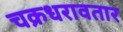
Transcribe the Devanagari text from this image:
चक्रधरावतार